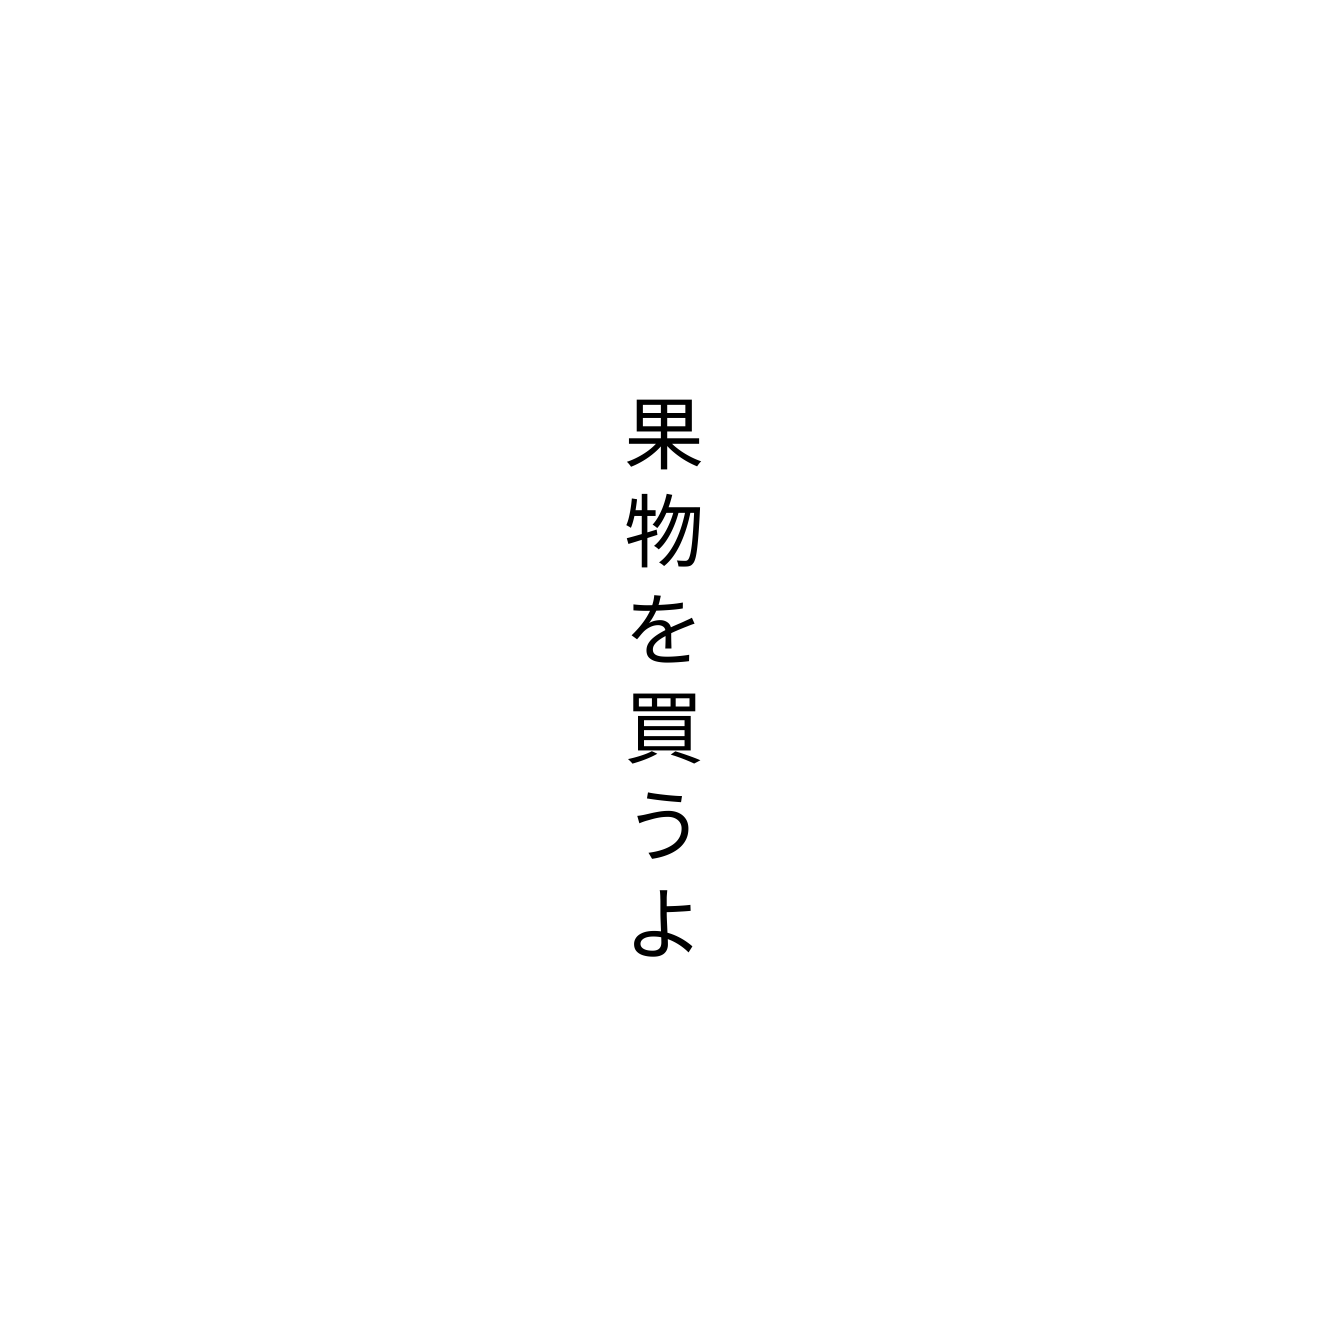
果物を買うよ